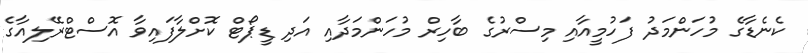
ކެނެޑާގެ މުހަންމަދު ފަހުމީއާއި މިސްރުގެ ބާހިރް މުހަންމަދާއި އަދި ޑީޕޯޓް ކޮށްލާފައިވާ އޮސްޓްރޭލިއާގެ